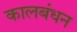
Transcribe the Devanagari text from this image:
कालबंधन